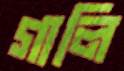
গালি